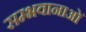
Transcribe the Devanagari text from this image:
सम्भवानाओं